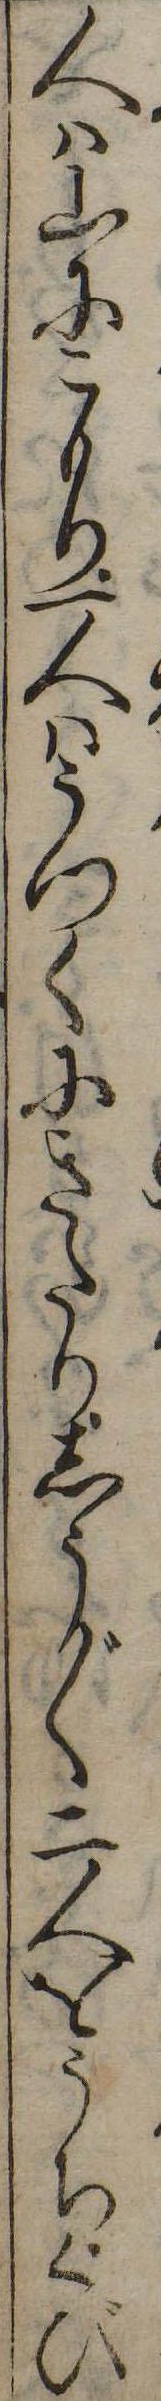
人は山にこもり一人はうつくにきたりしう〲二人をうちくび